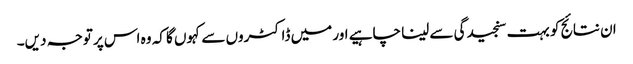
ان نتائج کو بہت سنجیدگی سے لینا چاہیے اور میں ڈاکٹروں سے کہوں گا کہ وہ اس پر توجہ دیں۔